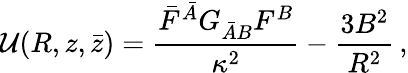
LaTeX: {\cal U}(R,z,\bar{z})=\frac{\bar{F}^{\bar{A}}G_{\bar{A}B}F^{B}}{\kappa^{2}}-\frac{3B^{2}}{R^{2}}\, ,